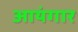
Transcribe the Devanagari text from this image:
आयंगार